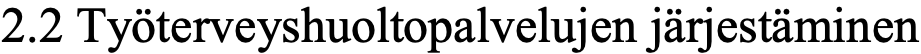
2.2 Työterveyshuoltopalvelujen järjestäminen